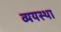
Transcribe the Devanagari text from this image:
व्ययस्था